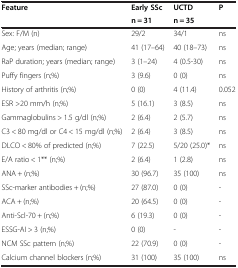
<table><thead><tr><td><b>Feature</b></td><td><b>Early SSc</b></td><td><b>UCTD</b></td><td><b>P</b></td></tr><tr><td><b> </b></td><td><b>n = 31</b></td><td><b>n = 35</b></td><td><b> </b></td></tr></thead><tbody><tr><td>Sex: F/M (n)</td><td>29/2</td><td>34/1</td><td>ns</td></tr><tr><td>Age; years (median; range)</td><td>41 (17–64)</td><td>40 (18–73)</td><td>ns</td></tr><tr><td>RaP duration; years (median; range)</td><td>3 (1–24)</td><td>4 (0.5-30)</td><td>ns</td></tr><tr><td>Puffy fingers (n;%)</td><td>3 (9.6)</td><td>0 (0)</td><td>ns</td></tr><tr><td>History of arthritis (n;%)</td><td>0 (0)</td><td>4 (11.4)</td><td>0.052</td></tr><tr><td>ESR &gt;20 mm/h (n;%)</td><td>5 (16.1)</td><td>3 (8.5)</td><td>ns</td></tr><tr><td>Gammaglobulins &gt; 1.5 g/dl (n;%)</td><td>2 (6.4)</td><td>2 (5.7)</td><td>ns</td></tr><tr><td>C3 &lt; 80 mg/dl or C4 &lt; 15 mg/dl (n;%)</td><td>2 (6.4)</td><td>3 (8.5)</td><td>ns</td></tr><tr><td>DLCO &lt; 80% of predicted (n;%)</td><td>7 (22.5)</td><td>5/20 (25.0)*</td><td>ns</td></tr><tr><td>E/A ratio &lt; 1** (n;%)</td><td>2 (6.4)</td><td>1 (2.8)</td><td>ns</td></tr><tr><td>ANA + (n;%)</td><td>30 (96.7)</td><td>35 (100)</td><td>ns</td></tr><tr><td>SSc-marker antibodies + (n;%)</td><td>27 (87.0)</td><td>0 (0)</td><td>-</td></tr><tr><td>ACA + (n;%)</td><td>20 (64.5)</td><td>0 (0)</td><td>-</td></tr><tr><td>Anti-Scl-70 + (n;%)</td><td>6 (19.3)</td><td>0 (0)</td><td>-</td></tr><tr><td>ESSG-AI &gt; 3 (n;%)</td><td>0 (0)</td><td>-</td><td>-</td></tr><tr><td>NCM SSc pattern (n;%)</td><td>22 (70.9)</td><td>0 (0)</td><td>-</td></tr><tr><td>Calcium channel blockers (n;%)</td><td>31 (100)</td><td>35 (100)</td><td>ns</td></tr></tbody></table>